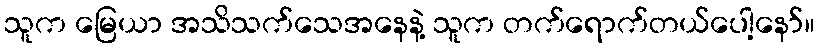
သူက မြေယာ အသိသက်သေအနေနဲ့ သူက တက်ရောက်တယ်ပေါ့နော်။